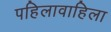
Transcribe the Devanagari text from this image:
पहिलावाहिला